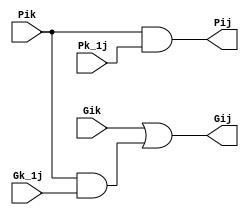
`timescale 1ns / 1ps

module black_cell(
    Gik, Pik, Gk_1j, Pk_1j, Gij, Pij
    );
    input Gik, Gk_1j, Pik, Pk_1j;
    output Gij, Pij;
    
    assign Gij = Gik | Pik & Gk_1j;
    assign Pij = Pik & Pk_1j;
endmodule